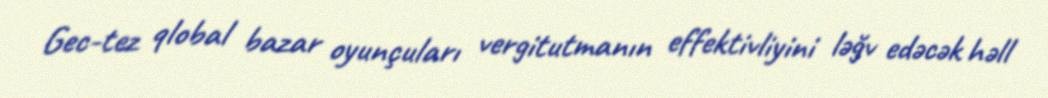
Gec-tez qlobal bazar oyunçuları vergitutmanın effektivliyini ləğv edəcək həll